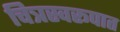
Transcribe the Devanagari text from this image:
चित्रस्वरूपात